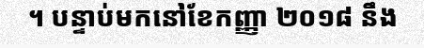
។ បន្ទាប់មកនៅខែកញ្ញា ២០១៨ នឹង